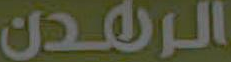
الرهدن